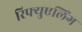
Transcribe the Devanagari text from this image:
रिफ्युएलिंग